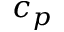
c _ { p }